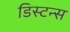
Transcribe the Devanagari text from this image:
डिस्टन्स